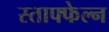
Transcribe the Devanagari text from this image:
स्ताफ्फेल्न